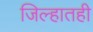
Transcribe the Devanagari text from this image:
जिल्हातही